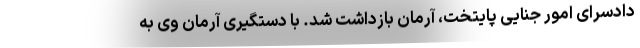
دادسرای امور جنایی پایتخت، آرمان بازداشت شد. با دستگیری آرمان وی به